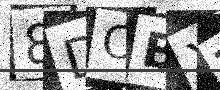
Text: 8DOBXT